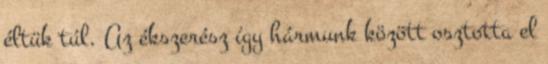
éltük túl. Az ékszerész így hármunk között osztotta el